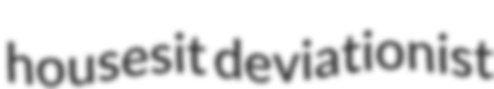
housesit deviationist